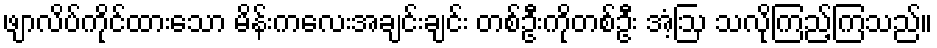
ဖျာလိပ်ကိုင်ထားသော မိန်းကလေးအချင်းချင်း တစ်ဦးကိုတစ်ဦး အံ့ဩ သလိုကြည့်ကြသည်။